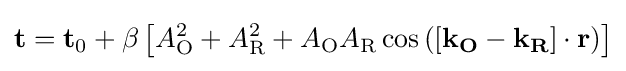
\mathbf {t} =\mathbf {t} _{0}+\beta \left[A_{\text{O}}^{2}+A_{\text{R}}^{2}+A_{\text{O}}A_{\text{R}}\cos {\left([\mathbf {k_{O}} -\mathbf {k_{R}} ]\cdot \mathbf {r} \right)}\right]